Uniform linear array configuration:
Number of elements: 16
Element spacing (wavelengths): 0.5
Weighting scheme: uniform
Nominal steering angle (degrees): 30
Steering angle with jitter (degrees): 31.777
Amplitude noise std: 0.05
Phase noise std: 0.05

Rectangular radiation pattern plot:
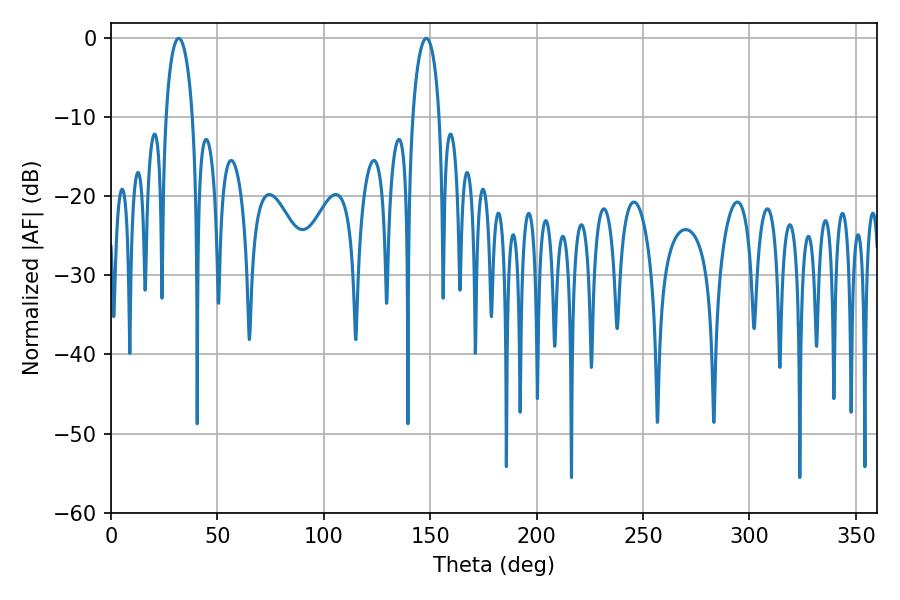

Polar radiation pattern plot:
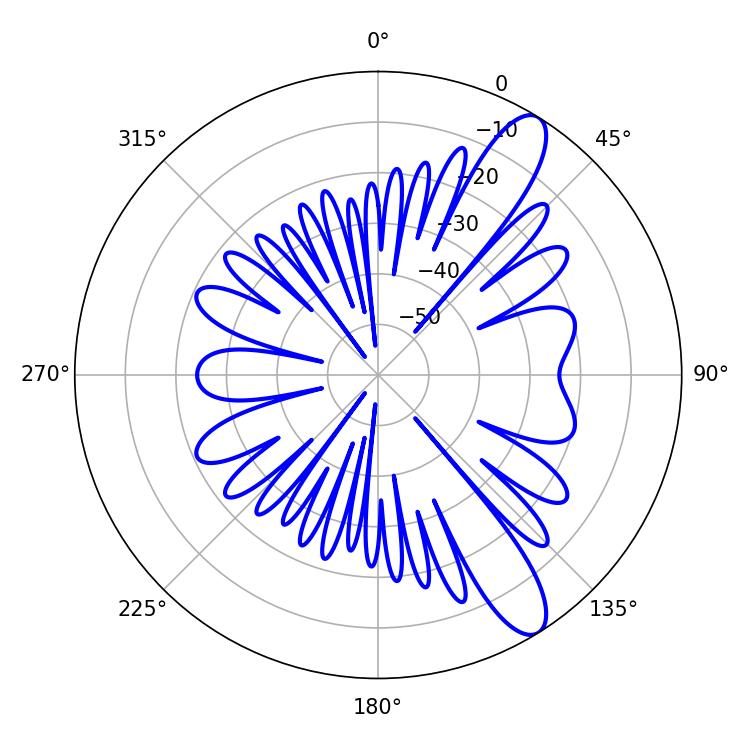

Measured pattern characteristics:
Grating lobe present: FALSE
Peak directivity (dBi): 11.133
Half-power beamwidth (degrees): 7.2
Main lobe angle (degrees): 31.86